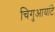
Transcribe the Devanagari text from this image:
चिगुआयांटे